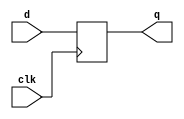
// Trigger on event positive edge if the FIFO is not full

module FF (input clk, input d, output reg q);
   always @ (posedge clk)
	   q <= d;
endmodule

module AND_1 (input a, input b, output reg f);
   always @ (a or b)
	   f <= a & b;
endmodule

module NOT_1 (input a, output reg not_a);
   always @ (a)
	   not_a <= ~a;
endmodule

module event_trig (input clk, input evnt, input wtfull, output reg wtreq); 
   wire sig, not_sig, test;
	FF ff1(clk, evnt, sig);
	NOT_1 not1(sig, not_sig);
	AND_1 and1(sig, evnt, test);
endmodule